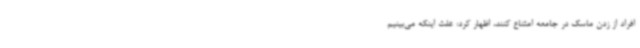
افراد از زدن ماسک در جامعه امتناع کنند، اظهار کرد: علت اینکه می‌بینیم